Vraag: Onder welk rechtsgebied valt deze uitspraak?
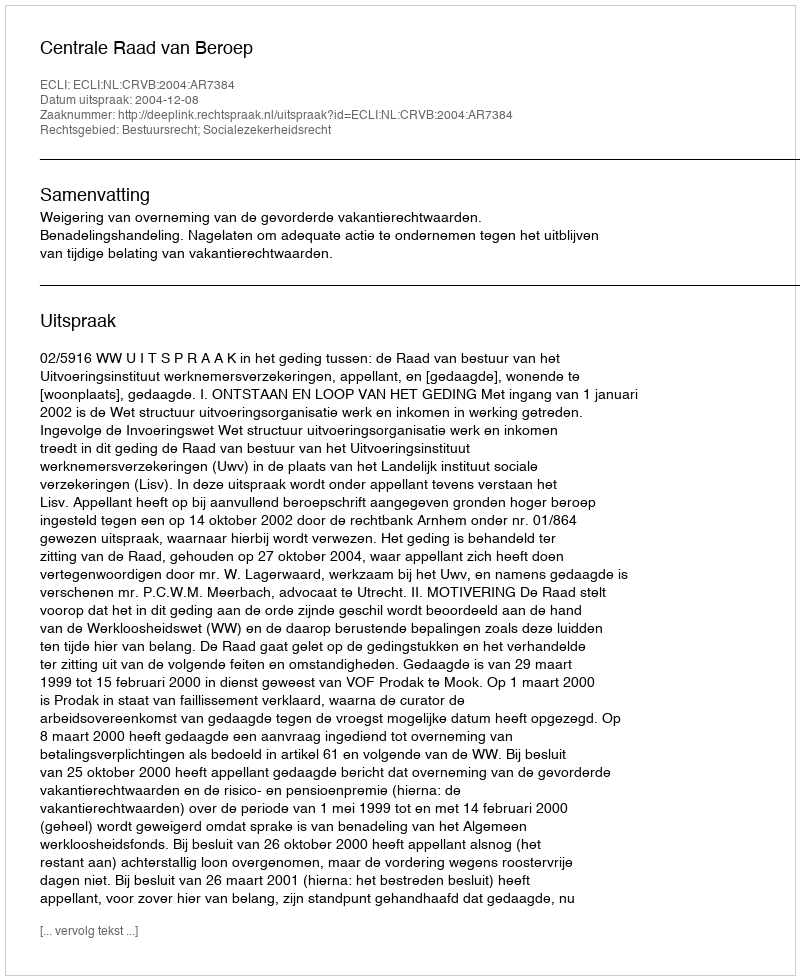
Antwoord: Bestuursrecht; Socialezekerheidsrecht